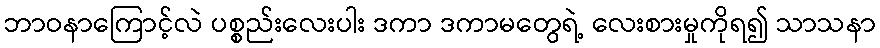
ဘာဝနာကြောင့်လဲ ပစ္စည်းလေးပါး ဒကာ ဒကာမတွေရဲ့ လေးစားမှုကိုရ၍ သာသနာ